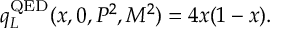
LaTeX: q _ { L } ^ { \mathrm { Q E D } } ( x , 0 , P ^ { 2 } , M ^ { 2 } ) = 4 x ( 1 - x ) .